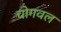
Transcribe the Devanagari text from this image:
चोगवल